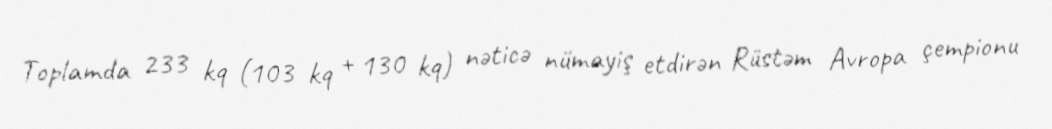
Toplamda 233 kq (103 kq + 130 kq) nəticə nümayiş etdirən Rüstəm Avropa çempionu